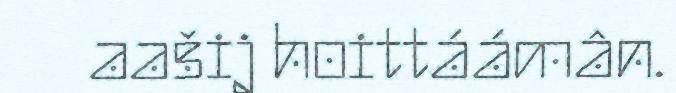
aašij hoittáámân.